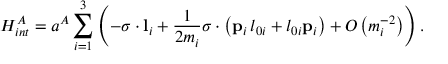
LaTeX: H _ { i n t } ^ { A } = a ^ { A } \sum _ { i = 1 } ^ { 3 } \left( - \sigma \cdot { \bf l } _ { i } + \frac 1 { 2 m _ { i } } \sigma \cdot \left( { \bf p } _ { i } \, l _ { 0 i } + l _ { 0 i } { \bf p } _ { i } \right) + O \left( m _ { i } ^ { - 2 } \right) \right) .